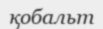
қобальт